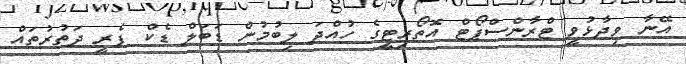
އޭނާ ވިދާޅުވީ ޓްރާންސްޕޯޓް އޮތޯރިޓީގެ ހުއްދަ ލިބުމުން ޑަބަލް ޑެކް ފެރީ ދަތުރުތައް